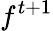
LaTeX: f^{t+1}